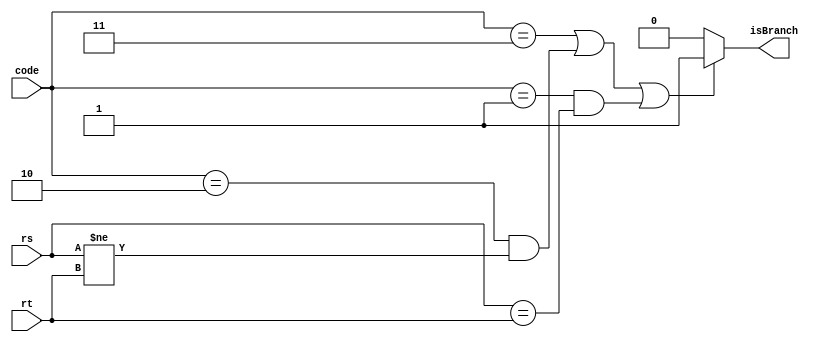
/***************************************************
 * Module: compare
 * Project: mips32
 * Description: Responsavel por fazer comparaes para 
 *  tomar ou nao os desvios
 ***************************************************/
module compare (rs, rt, code, isBranch);
	input[31:0] rs, rt;
	input[1:0] code;
	output isBranch;
						//J, JAL, JR       //BNE 						//BEQ
	assign isBranch = ((code==2'b11) | (code==2'b10 & rs != rt) | (code==2'b01 & rs == rt)) ? 1 : 0;
	/*
	always @(*) begin
		case(code)
			2'b00: begin //nenhum
				isBranch = 0;
			end	
			2'b01: begin //beq
				if (rs == rt) begin
					isBranch = 1;
				end else begin
					isBranch = 0;
				end
			end 
			2'b10: begin //bne
				if (rs != rt) begin
					isBranch = 1;
				end else begin
					isBranch = 0;
				end
			end
			2'b11: begin //j, jal, jr
				isBranch = 1;
			end	
					
		endcase
	end*/
endmodule